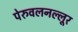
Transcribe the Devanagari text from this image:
पेरुवलनल्लूर